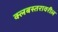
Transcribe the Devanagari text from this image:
क्लबस्तरावरील